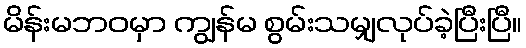
မိန်းမဘဝမှာ ကျွန်မ စွမ်းသမျှလုပ်ခဲ့ပြီးပြီ။